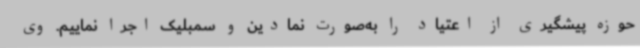
حوزه پیشگیری از اعتیاد را به‌صورت نمادین و سمبلیک اجرا نماییم. وی